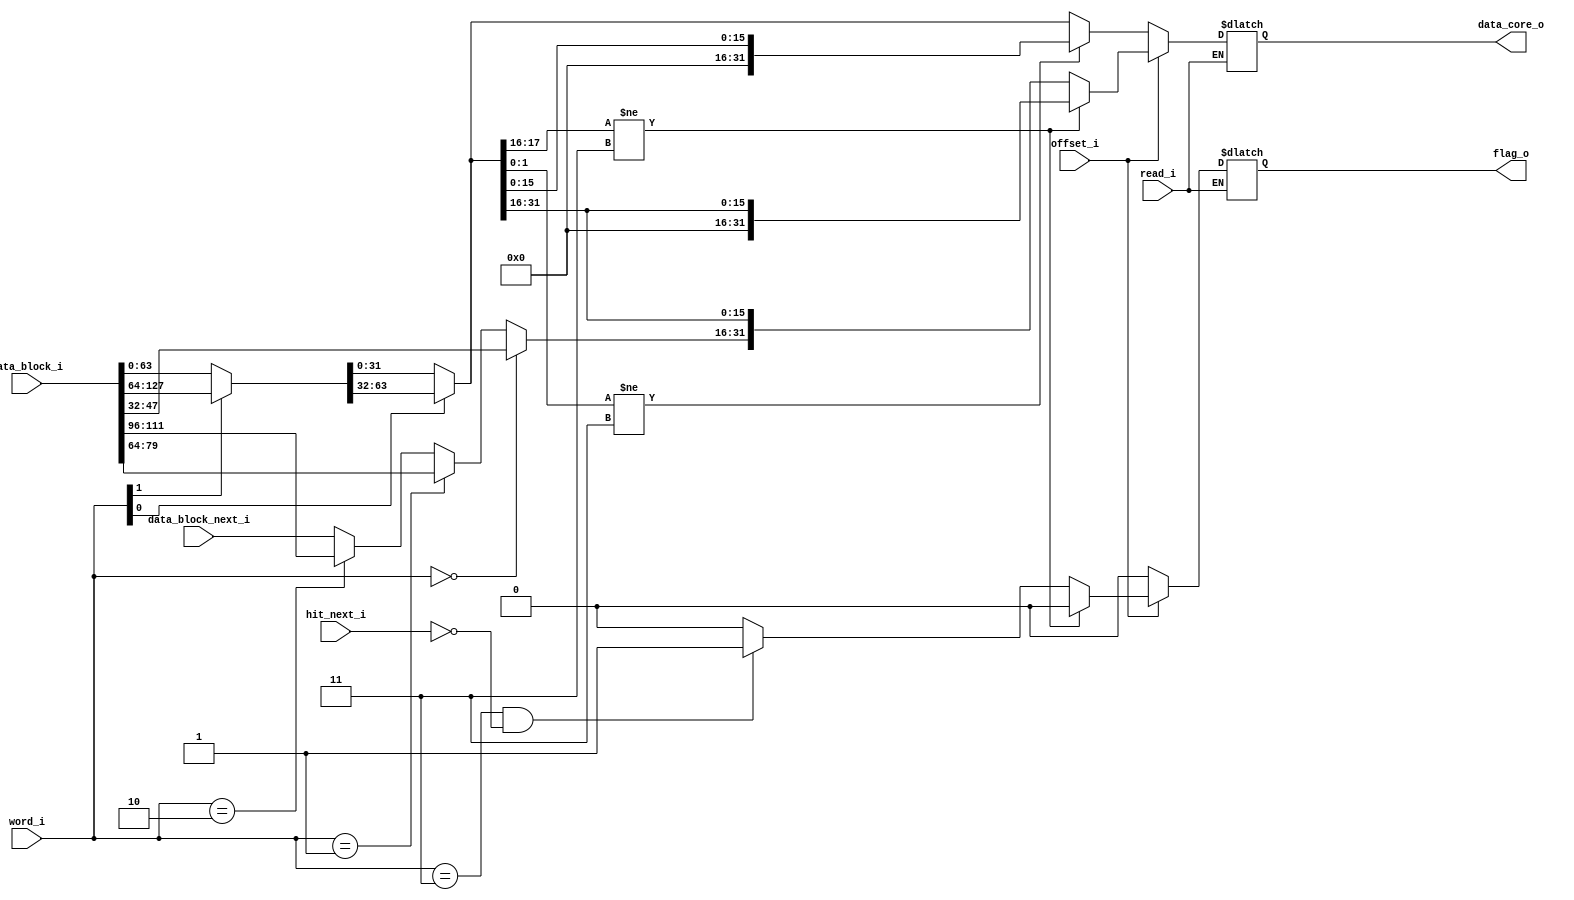
`timescale 1ns / 1ps
module Cache_instruction_decode#(
    parameter word_size = 2,
    parameter block_size = 128,
    parameter offset_size = 2
    )
    (
    input read_i,
    input hit_next_i,
    input [word_size-1:0] word_i,
    input  offset_i, // MSB bit offset
    input [block_size-1:0] data_block_i,
    input [15:0] data_block_next_i,
    output reg [31:0] data_core_o,
    output reg flag_o   // there is a need to read from next idx address and there is a miss in next address
    );
    wire [31:0] data_word_next; // 32 bit = next word data
    wire [31:0] data_word;   // 32 bit = word data
    wire [63:0] data_normal; // 64 bit = double word data
    reg [15:0] data_temp; // holding the 16 bit data because current address will not be read if there is a flag_o
    
    assign data_normal = word_i[1] == 1'b0 ? data_block_i[63:0] : data_block_i[127:64]; 
    assign data_word = word_i[0] == 1 ? data_normal[63:32] : data_normal[31:0]; 
    assign data_word_next = word_i == 2'b00 ? data_block_i[63:32] : ((word_i == 2'b01) ? data_block_i[95:64] : ((word_i == 2'b10) ? data_block_i[127:96] : {16'b0,data_block_next_i})); // word_input == 2'b11 olunca problem olcak.

    always @(*) begin
        if (read_i) begin 
            if(offset_i == 1'b1) begin // Whether we are reading PC + 2 or PC + 4, we should do a decoding according to it (here we are reading from PC+2.)
                if(data_word[17:16] != 2'b11) begin // instruction compressed if the last two bits are not 11
                    data_core_o = {16'b0, data_word[31:16]};
                    flag_o = 1'b0;  
                end
                else begin
                    data_core_o = {data_word_next [15:0], data_word[31:16]};        
                    if(word_i == 2'b11 & ~hit_next_i) begin
                        flag_o = 1'b1; // write to the next address, then go back to the first address
                    end
                    else begin
                        flag_o = 1'b0;
                    end 
                end
            end
            else begin // offset_i[1] == 0, we are reading from PC+4
                if(data_word[1:0] != 2'b11) begin // instruction compressed if the last two bits are 11
                    data_core_o = {16'b0, data_word[15:0]};
                    flag_o = 1'b0;
                end
                else begin
                    data_core_o = data_word;
                    flag_o = 1'b0;
                end
            end
        end
    end
endmodule